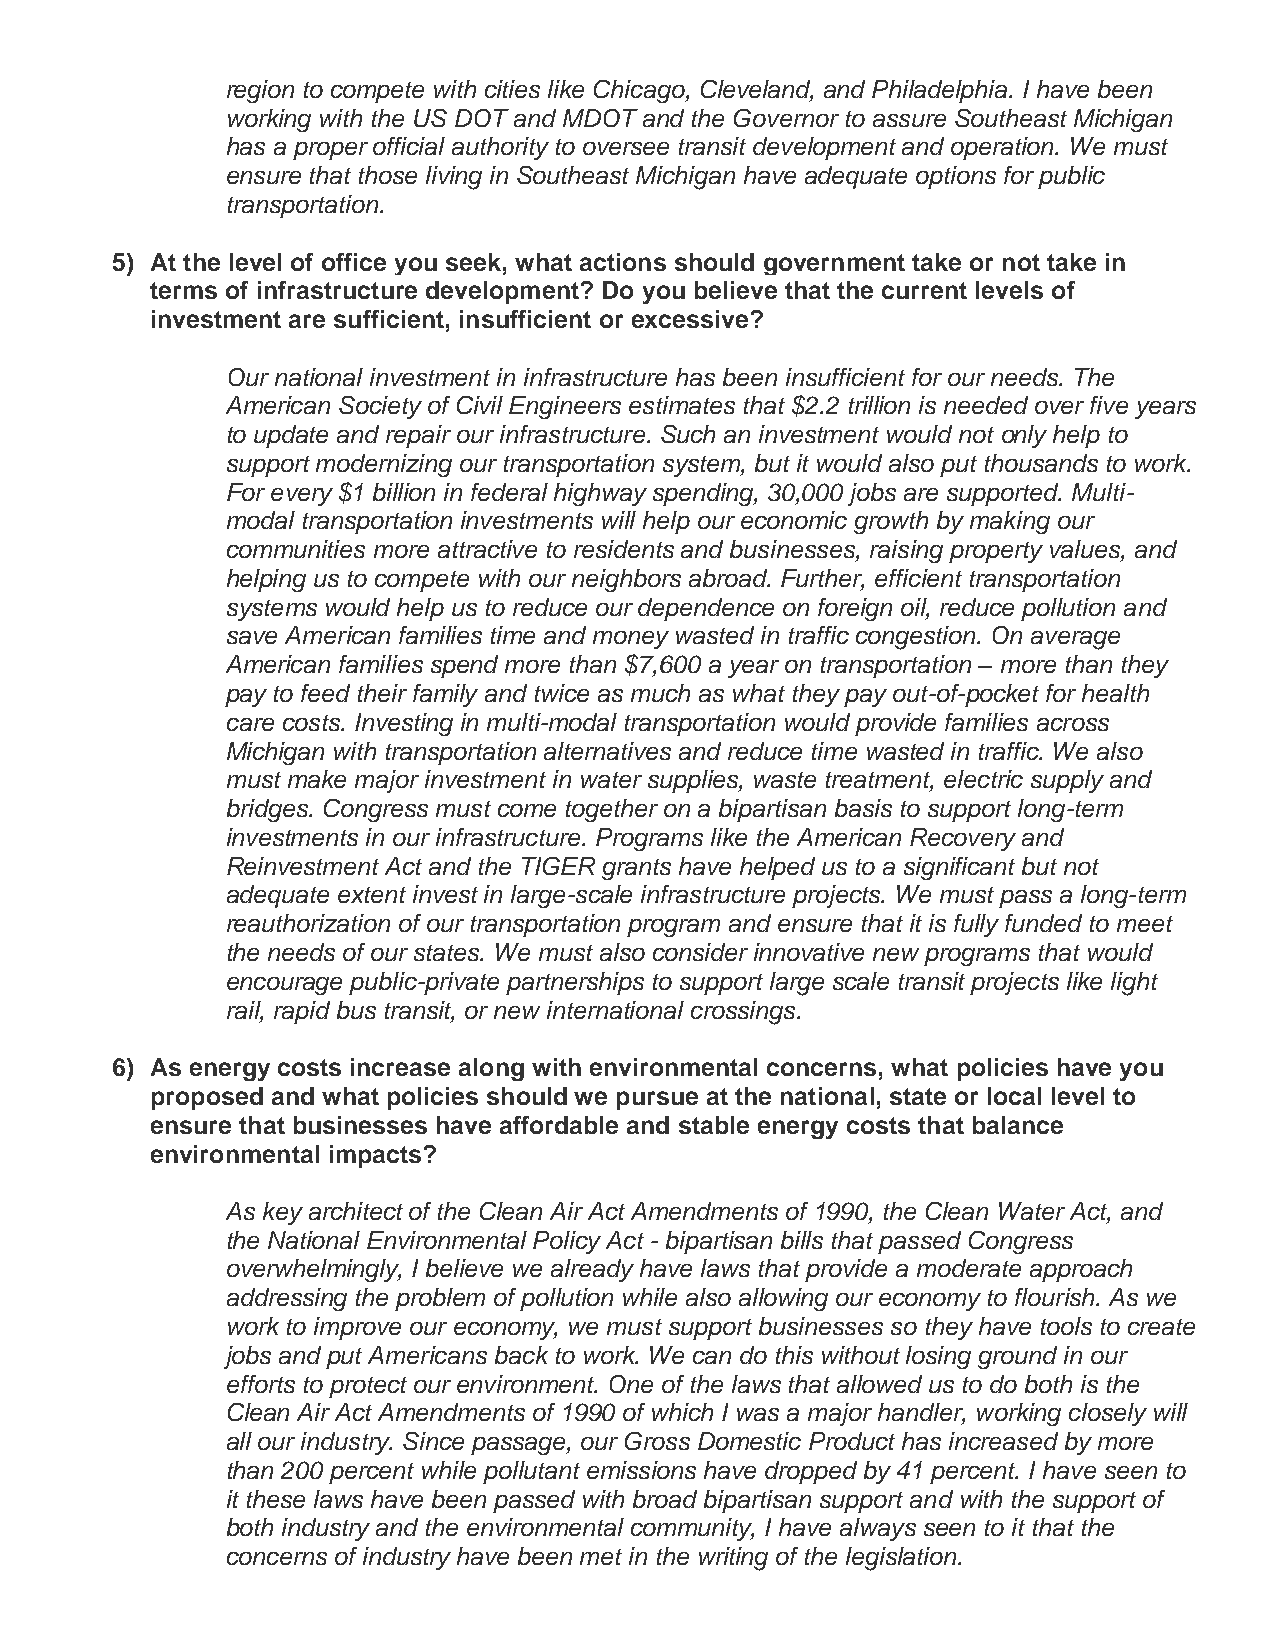
region to compete with cities like Chicago, Cleveland, and Philadelphia. I have been
 working with the US DOT and MDOT and the Governor to assure Southeast Michigan
 has a proper official authority to oversee transit development and operation. We must
 ensure that those living in Southeast Michigan have adequate options for public
 transportation.
 5) At the level of office you seek, what actions should government take or not take in
 terms of infrastructure development? Do you believe that the current levels of
 investment are sufficient, insufficient or excessive?
 Our national investment in infrastructure has been insufficient for our needs. The
 American Society of Civil Engineers estimates that $2.2 trillion is needed over five years
 to update and repair our infrastructure. Such an investment would not only help to
 support modernizing our transportation system, but it would also put thousands to work.
 For every $1 billion in federal highway spending, 30,000 jobs are supported. Multi-
 modal transportation investments will help our economic growth by making our
 communities more attractive to residents and businesses, raising property values, and
 helping us to compete with our neighbors abroad. Further, efficient transportation
 systems would help us to reduce our dependence on foreign oil, reduce pollution and
 save American families time and money wasted in traffic congestion. On average
 American families spend more than $7,600 a year on transportation – more than they
 pay to feed their family and twice as much as what they pay out-of-pocket for health
 care costs. Investing in multi-modal transportation would provide families across
 Michigan with transportation alternatives and reduce time wasted in traffic. We also
 must make major investment in water supplies, waste treatment, electric supply and
 bridges. Congress must come together on a bipartisan basis to support long-term
 investments in our infrastructure. Programs like the American Recovery and
 Reinvestment Act and the TIGER grants have helped us to a significant but not
 adequate extent invest in large-scale infrastructure projects. We must pass a long-term
 reauthorization of our transportation program and ensure that it is fully funded to meet
 the needs of our states. We must also consider innovative new programs that would
 encourage public-private partnerships to support large scale transit projects like light
 rail, rapid bus transit, or new international crossings.
 6) As energy costs increase along with environmental concerns, what policies have you
 proposed and what policies should we pursue at the national, state or local level to
 ensure that businesses have affordable and stable energy costs that balance
 environmental impacts?
 As key architect of the Clean Air Act Amendments of 1990, the Clean Water Act, and
 the National Environmental Policy Act - bipartisan bills that passed Congress
 overwhelmingly, I believe we already have laws that provide a moderate approach
 addressing the problem of pollution while also allowing our economy to flourish. As we
 work to improve our economy, we must support businesses so they have tools to create
 jobs and put Americans back to work. We can do this without losing ground in our
 efforts to protect our environment. One of the laws that allowed us to do both is the
 Clean Air Act Amendments of 1990 of which I was a major handler, working closely will
 all our industry. Since passage, our Gross Domestic Product has increased by more
 than 200 percent while pollutant emissions have dropped by 41 percent. I have seen to
 it these laws have been passed with broad bipartisan support and with the support of
 both industry and the environmental community, I have always seen to it that the
 concerns of industry have been met in the writing of the legislation.